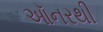
ઑનરથી